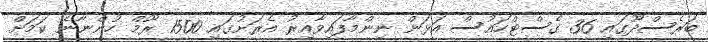
ބަރެސްދޫގައި 36 ގެސްޓްހައުސް އަޅަން ނިންމާފައިވާއިރު އެރަށުގައި 1500 ރޫމް ހުންނާނެ ކަމަށް